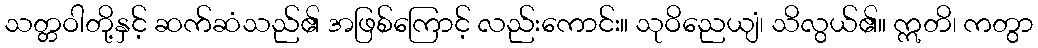
သတ္တဝါတို့နှင့် ဆက်ဆံသည်၏ အဖြစ်ကြောင့် လည်းကောင်း။ သုဝိညေယျံ၊ သိလွယ်၏။ ဣတိ၊ ကတွာ